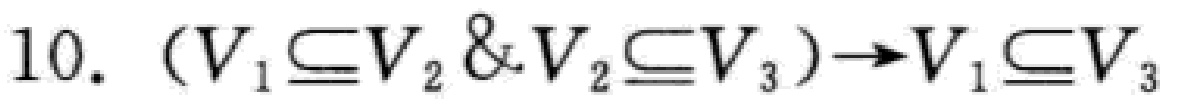
10. $(V_1 \subseteq V_2 \& V_2 \subseteq V_3)\rightarrow V_1 \subseteq V_3$